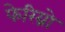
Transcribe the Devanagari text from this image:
फेरिग्नो